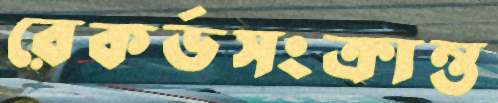
রেকর্ডসংক্রান্ত